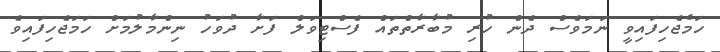
ހަމެޖެހިފައިވީ ނަމަވެސް ދެން ހުރި މުބާރާތްތައް ފެސްޓިވަލް ފަށާ ދުވަހު ނިންމާލުމަށް ހަމަޖެހިފައިވެ